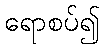
ရောစပ်၍